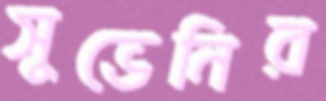
সুভেনির